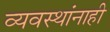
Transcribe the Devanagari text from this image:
व्यवस्थांनाही